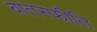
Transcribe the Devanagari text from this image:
बातस्फीति